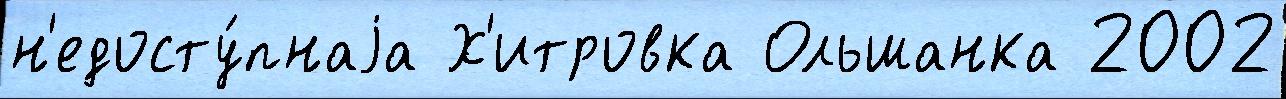
н'едосту́пнаjа Х'итровка Ольшанка 2002